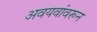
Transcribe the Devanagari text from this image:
अवयवांवरून